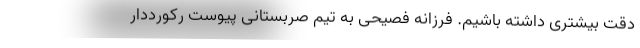
دقت بیشتری داشته باشیم. فرزانه فصیحی به تیم صربستانی پیوست رکورددار